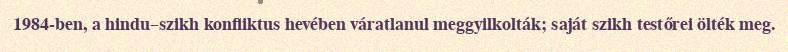
1984-ben, a hindu–szikh konfliktus hevében váratlanul meggyilkolták; saját szikh testőrei ölték meg.